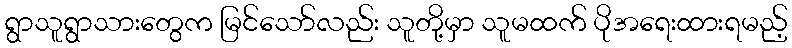
ရွာသူရွာသားတွေက မြင်သော်လည်း သူတို့မှာ သူမထက် ပိုအရေးထားရမည့်